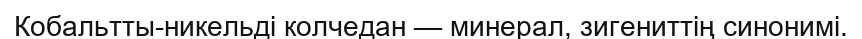
Кобальтты-никельдi колчедан — минерал, зигениттің синонимі.